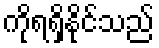
ကိုရရှိနိုင်သည်